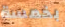
بخمسة